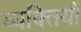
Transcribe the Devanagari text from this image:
व्यक्तियौं